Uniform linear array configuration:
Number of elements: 32
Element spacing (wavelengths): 0.75
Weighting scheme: binomial
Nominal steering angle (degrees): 15
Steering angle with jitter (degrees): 14.76
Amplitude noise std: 0.05
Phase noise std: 0.05

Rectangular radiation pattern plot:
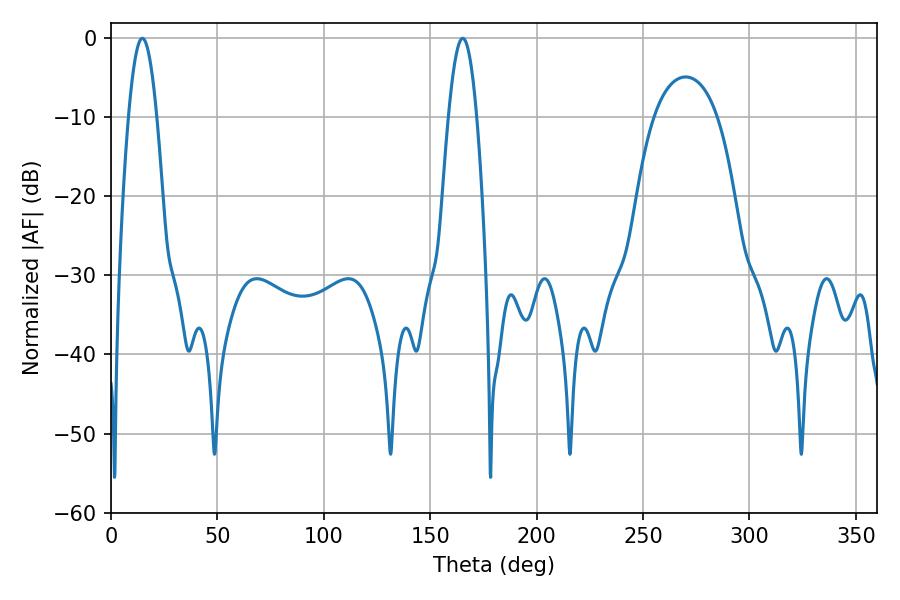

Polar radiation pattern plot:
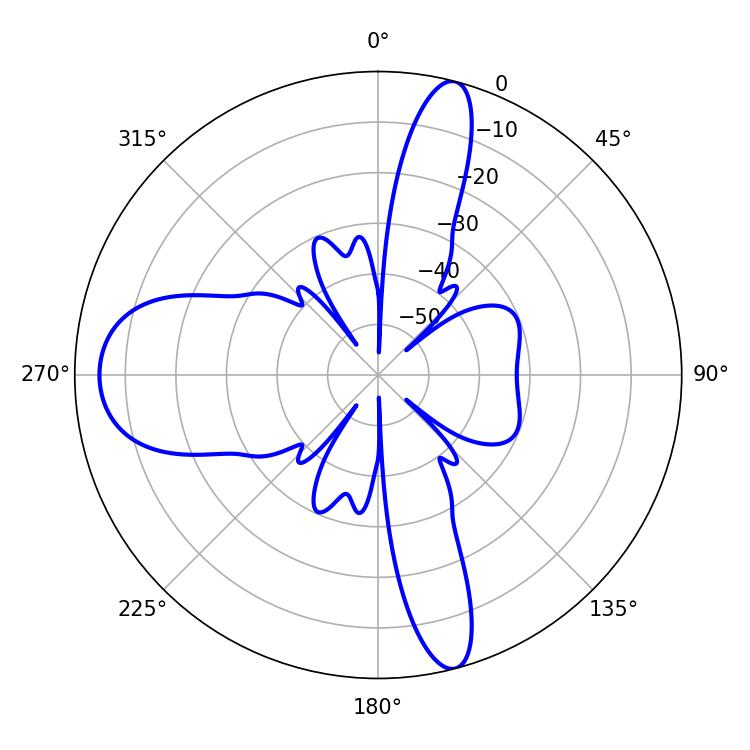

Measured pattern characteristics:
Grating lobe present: TRUE
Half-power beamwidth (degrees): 7.2
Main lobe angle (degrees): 14.76